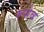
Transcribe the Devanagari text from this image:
रूसेव